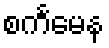
စင်္ကမေန